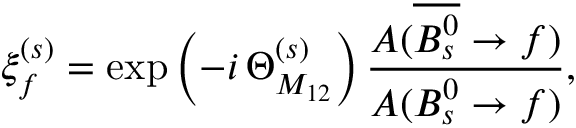
\xi _ { f } ^ { ( s ) } = \exp \left( - i \, \Theta _ { M _ { 1 2 } } ^ { ( s ) } \right) \frac { A ( \overline { { { B _ { s } ^ { 0 } } } } \to f ) } { A ( B _ { s } ^ { 0 } \to f ) } ,